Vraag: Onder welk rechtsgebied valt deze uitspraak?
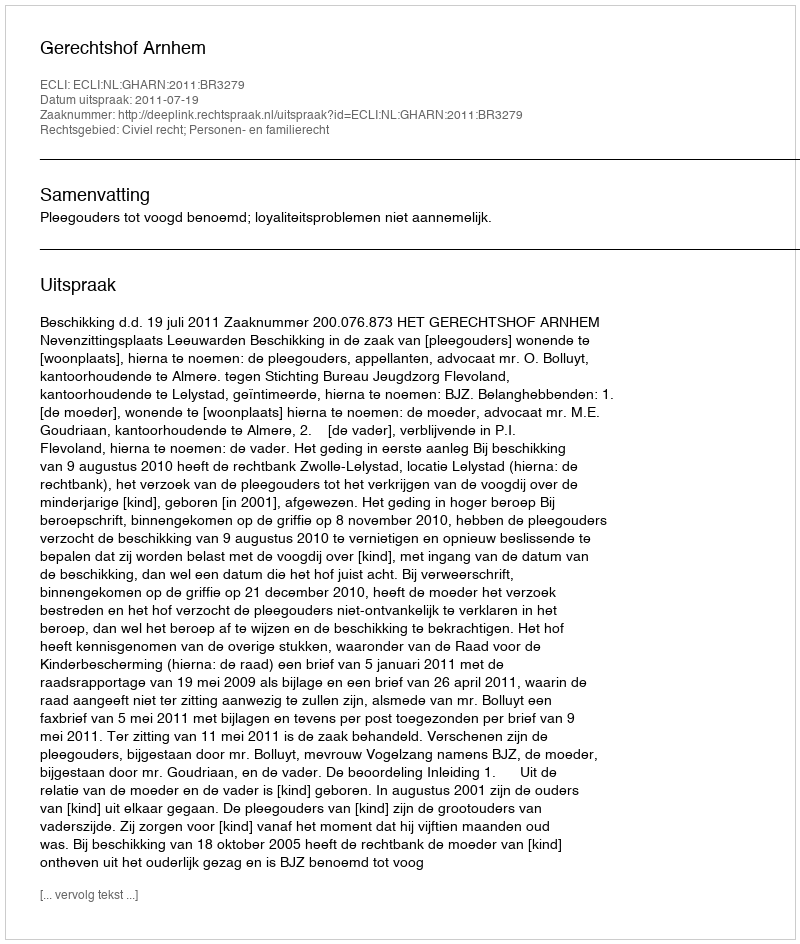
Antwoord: Civiel recht; Personen- en familierecht